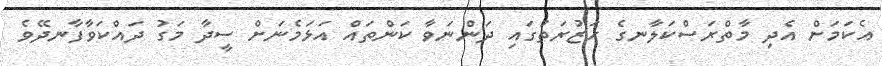
އެކަމަށް އެދި މާތްރަސްކަލާނގެ ޙަޒުރަތުގައި ދަންނަވާ ކަންތައް އަޅަމެނަށް ސީދާ މަގު ދައްކަވާފާނދޭވެ